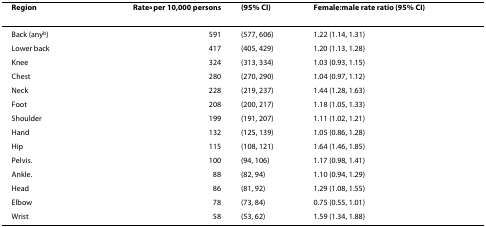
| Region | Ratea per 10,000 persons | (95% CI) | Female:male rate ratio (95% CI) |
 | --- | --- | --- | --- |
 | Back (anyb) | 591 | (577, 606) | 1.22 (1.14, 1.31) |
 | Lower back | 417 | (405, 429) | 1.20 (1.13, 1.28) |
 | Knee | 324 | (313, 334) | 1.03 (0.93, 1.15) |
 | Chest | 280 | (270, 290) | 1.04 (0.97, 1.12) |
 | Neck | 228 | (219, 237) | 1.44 (1.28, 1.63) |
 | Foot | 208 | (200, 217) | 1.18 (1.05, 1.33) |
 | Shoulder | 199 | (191, 207) | 1.11 (1.02, 1.21) |
 | Hand | 132 | (125, 139) | 1.05 (0.86, 1.28) |
 | Hip | 115 | (108, 121) | 1.64 (1.46, 1.85) |
 | Pelvis. | 100 | (94, 106) | 1.17 (0.98, 1.41) |
 | Ankle. | 88 | (82, 94) | 1.10 (0.94, 1.29) |
 | Head | 86 | (81, 92) | 1.29 (1.08, 1.55) |
 | Elbow | 78 | (73, 84) | 0.75 (0.55, 1.01) |
 | Wrist | 58 | (53, 62) | 1.59 (1.34, 1.88) |